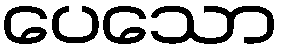
ပေသော